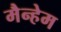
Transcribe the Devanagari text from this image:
मैन्हेम